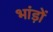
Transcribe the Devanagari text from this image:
भांड़ों